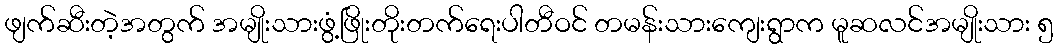
ဖျက်ဆီးတဲ့အတွက် အမျိုးသားဖွံ့ဖြိုးတိုးတက်ရေးပါတီဝင် တမန်းသားကျေးရွာက မူဆလင်အမျိုးသား ၅